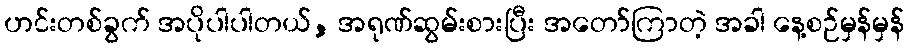
ဟင်းတစ်ခွက် အပိုပါပါတယ်, အရုဏ်ဆွမ်းစားပြီး အတော်ကြာတဲ့ အခါ နေ့စဉ်မှန်မှန်